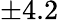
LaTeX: \pm 4.2